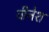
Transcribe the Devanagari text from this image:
वीनेश